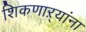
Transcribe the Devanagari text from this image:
शिकणाऱ्यांना